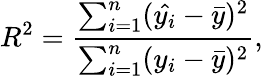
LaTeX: R^{2}=\frac{\sum_{i=1}^{n}(\hat{y_{i}}-\bar{y})^{2}}{\sum_{i=1}^{n}(y_{i}-\bar{y})^{2}},